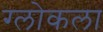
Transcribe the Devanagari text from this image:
ग्लोकला